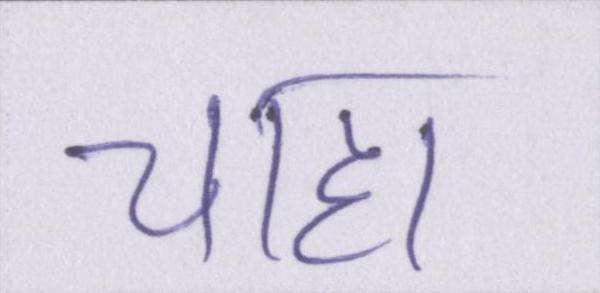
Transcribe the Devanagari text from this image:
चाहा